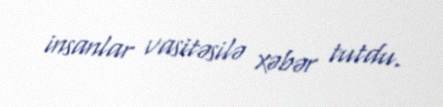
insanlar vasitəsilə xəbər tutdu.